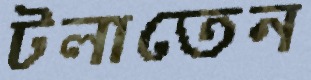
টলাতেন